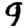
Digit: 9